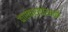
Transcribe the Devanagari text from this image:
वारकऱ्यांसाठी